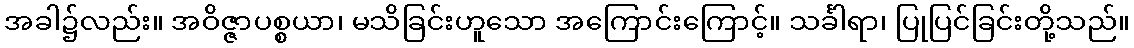
အခါ၌လည်း။ အဝိဇ္ဇာပစ္စယာ၊ မသိခြင်းဟူသော အကြောင်းကြောင့်။ သင်္ခါရာ၊ ပြုပြင်ခြင်းတို့သည်။